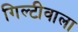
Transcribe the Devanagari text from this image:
गिल्टीवाला